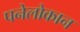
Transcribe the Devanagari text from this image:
पनेलोकान